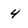
Character: 4